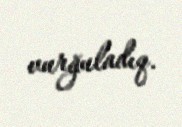
vurğuladıq.